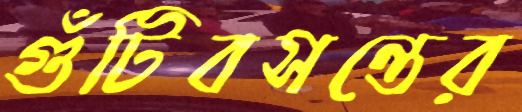
গুঁটিবসন্তের